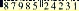
8798524231